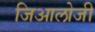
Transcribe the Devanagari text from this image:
जिआलोजी